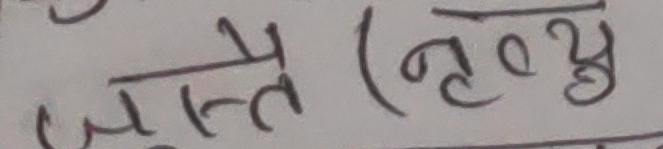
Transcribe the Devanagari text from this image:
जाति (नृत्य